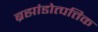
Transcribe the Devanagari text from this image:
ब्रह्मांडोत्पत्तिक